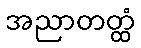
အညာတတ္ထံ